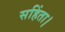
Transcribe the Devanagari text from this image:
सहिंता।